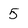
Character: 5